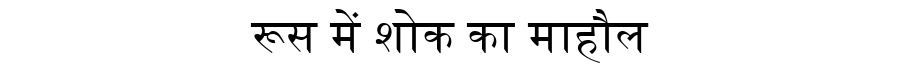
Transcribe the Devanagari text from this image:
रूस में शोक का माहौल